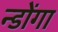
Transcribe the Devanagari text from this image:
न्डोंगा